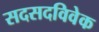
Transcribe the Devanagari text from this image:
सदसदविवेक